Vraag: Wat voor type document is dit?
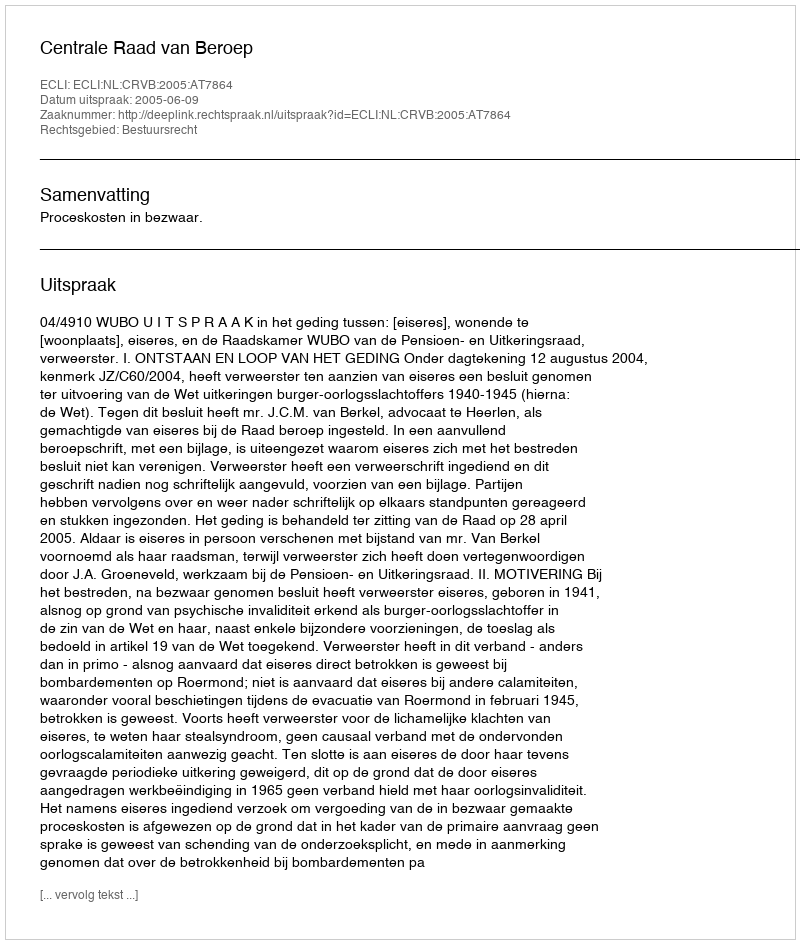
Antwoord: Uitspraak